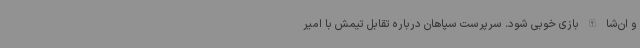
و ان‌شا الله بازی خوبی شود. سرپرست سپاهان درباره تقابل تیمش با امیر